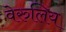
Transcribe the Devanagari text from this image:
वेरुलिय